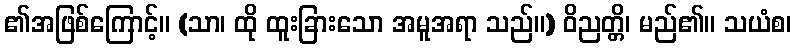
၏အဖြစ်ကြောင့်။ (သာ၊ ထို ထူးခြားသော အမူအရာ သည်။) ဝိညတ္တိ၊ မည်၏။ သယံစ၊